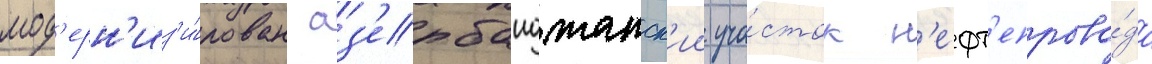
мод'ерн'из'и́рован аз'ербаиджанск'ии уча́сток н'ефт'епрово́да